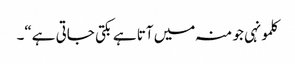
کلمونہی جو منہ میں آتا ہے بکتی جاتی ہے“۔